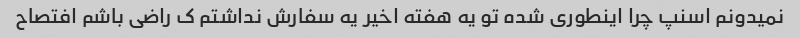
نمیدونم اسنپ چرا اینطوری شده تو یه هفته اخیر یه سفارش نداشتم ک راضی باشم افتصاح